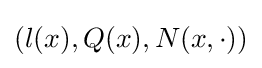
(l(x),Q(x),N(x,\cdot ))